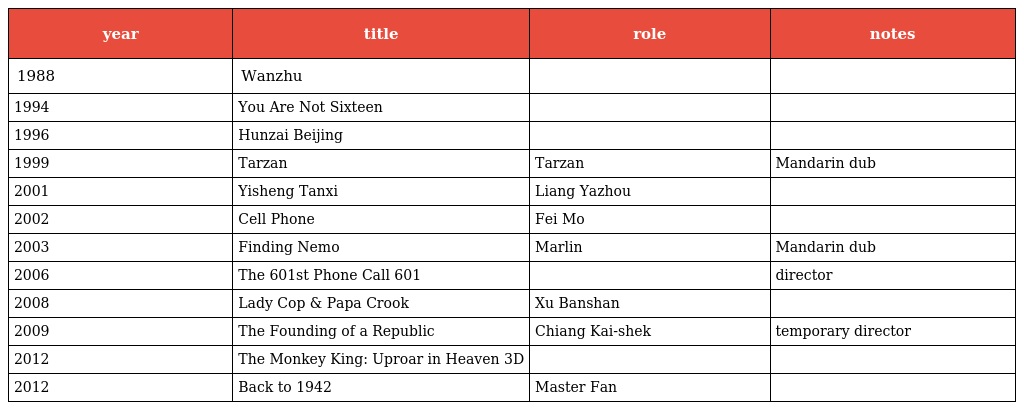
| year | title | role | notes |
 | --- | --- | --- | --- |
 | 1988 | Wanzhu 顽主 |  |  |
 | 1994 | You Are Not Sixteen 你没有十六岁 |  |  |
 | 1996 | Hunzai Beijing 混在北京 |  |  |
 | 1999 | Tarzan 泰山 | Tarzan | Mandarin dub |
 | 2001 | Yisheng Tanxi 一聲嘆息 | Liang Yazhou |  |
 | 2002 | Cell Phone 手機 | Fei Mo |  |
 | 2003 | Finding Nemo 海底總動員 | Marlin | Mandarin dub |
 | 2006 | The 601st Phone Call 第601個電話 |  | director |
 | 2008 | Lady Cop & Papa Crook 大搜查之女 | Xu Banshan |  |
 | 2009 | The Founding of a Republic 建國大業 | Chiang Kai-shek | temporary director |
 | 2012 | The Monkey King: Uproar in Heaven 大闹天宫3D |  |  |
 | 2012 | Back to 1942 一九四二 | Master Fan |  |